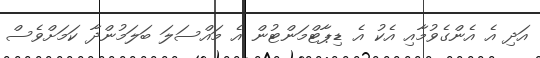
އަދި އެ އެންގެވުމާއި އެކު އެ ޑިޕާޓްމަންޓުން އެ މައްސަލަ ބަލަމުންދާ ކަމަށްވެސް